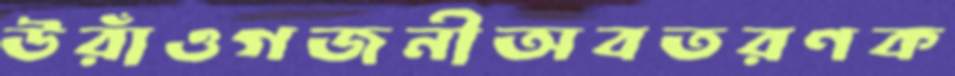
উরাঁওগজনীঅবতরণক